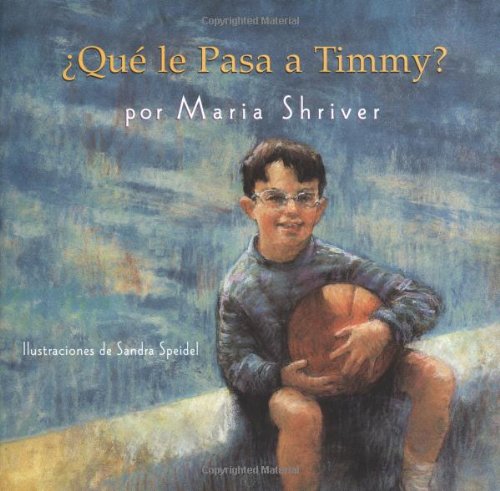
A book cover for Que le pasa a Timmy?; Maria Shriver; Health, Fitness & Dieting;